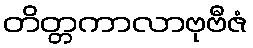
တိတ္တကာလာဗုဗီဇံ